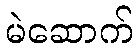
မဲဆောက်